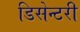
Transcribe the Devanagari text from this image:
डिसेन्टरी